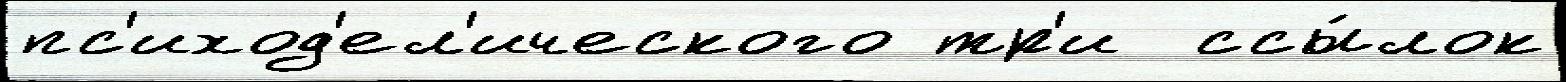
пс'иход'ел'ического тр'и  ссы́лок